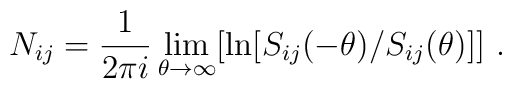
N_{ij}=\frac{1}{2\pi i}\lim_{\theta \rightarrow \infty }[\ln [S_{ij}(-\theta)/S_{ij}(\theta )]]~.